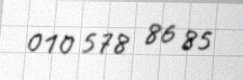
010 578 86 85